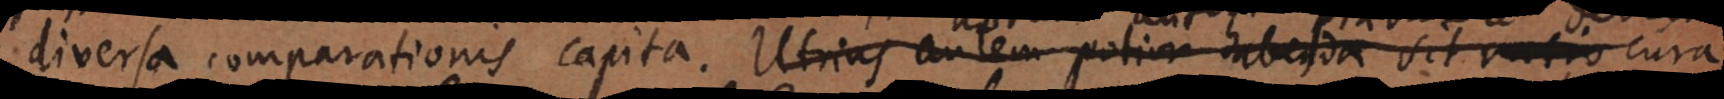
diversa comparationis capita. Utrius autem potior habenda sit ratio cura